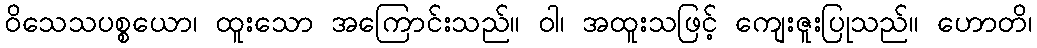
ဝိသေသပစ္စယော၊ ထူးသော အကြောင်းသည်။ ဝါ၊ အထူးသဖြင့် ကျေးဇူးပြုသည်။ ဟောတိ၊